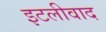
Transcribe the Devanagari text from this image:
इटलीवाद